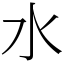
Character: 水